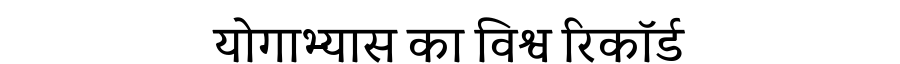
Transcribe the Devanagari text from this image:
योगाभ्यास का विश्व रिकॉर्ड